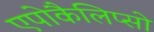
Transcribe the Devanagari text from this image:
एपोकैलिप्सो